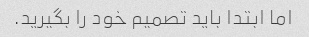
اما ابتدا باید تصمیم خود را بگیرید.